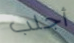
أجلب